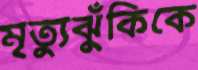
মৃত্যুঝুঁকিকে